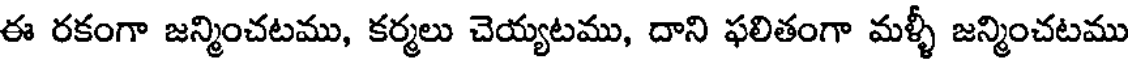
ఈ రకంగా జన్మించటము, కర్మలు చెయ్యటము, దాని ఫలితంగా మళ్ళీ జన్మించటము